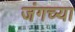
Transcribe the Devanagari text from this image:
जंगच्या